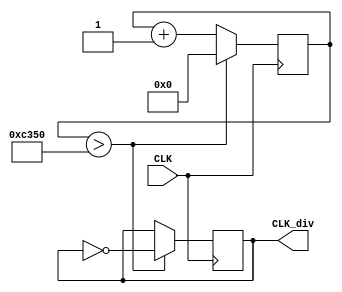
module divfreq(input CLK, output reg CLK_div);
	reg [24:0] Count;
	always @(posedge CLK)
	begin
		if(Count > 50000)
		begin
			Count <= 24'b0;
			CLK_div <= ~CLK_div;
		end
		else
			Count <= Count + 1'b1;
	end
endmodule

module divmove(input stop, input CLK, output reg CLK_div);
	reg [24:0] Count;
	always @(posedge CLK)
	begin
		if(Count > 3000000)
		begin
			Count <= 24'b0;
			CLK_div <= ~CLK_div;
		end
		else
		begin
		   if(stop)
				Count <= Count;
			else
				Count <= Count + 1'b1;
	   end
	end
endmodule

module breakout(
	input CLK,	//
	input Left, //keep &
	input Right, //keep & 
	input shoot,
	input stop,
	input [3:0]back, //()
	output [7:0]lightRed,
	output [7:0]lightGreen,
	output [7:0]lightBlue,
	output reg [2:0] Col, //
	output EN,
	output reg[7:0]win, //
	output reg beep, //
	input musicchange
);

reg [7:0] state [7:0];	// &
reg [7:0] stateR[7:0];	//r 
reg [7:0] stateG [7:0];	//g
reg [7:0] stateB [7:0]; //b
integer i, center, alreadyShoot, ball_x, ball_y, direction, forward, mode, round, point;
reg [22:0] j;
reg clk;
reg [16:0] count,div_num;
reg [7:0] music;


always @(posedge CLK)	//4hz
begin
	if(j==23'h47868c)
		begin
			j<=0;
			clk=~clk;
		end
		else
			j=j+1'b1;
end
always @(posedge clk)
	begin
	if(musicchange==0)
		begin
			if(music==8'd183)	//183
				music<=0;
			else
				music<=music+1'b1;
		end
	else
		begin
			if(music==8'd208)	//208
				music<=0;
			else
				music<=music+1'b1;
		end
		
	end
always @(posedge CLK)
	begin
		if(count==div_num)
			begin
				count<=0;
				beep=~beep;
			end
		else if(div_num==0)
			beep=~beep;
		else
			count<=count+1'b1;
	end

parameter 
	L1=17'h1754e,
	L2=17'h14c81,
	L3=17'h1284a,
	L4=17'h117A8,
	L5=17'h14e70,
	L6=17'h0ddf2,
	L7=17'h0c5ba,
	M1=17'h0ba9e,	//DO
	M2=17'h0a648,	//RE
	M3=17'h0941f,	//ME
	M4=17'h08bcf,	//FA
	M5=17'h07c90,	//SO
	M6=17'h06ef9,	//LA
	M7=17'h062dd,	//SI
	H1=17'h05d68,
	H2=17'h05322,
	H3=17'h04a11,
	H4=17'h045e9,
	H5=17'h3e48,
	H6=17'h377d,
	H7=17'h316f;

	

	always @(posedge clk)
	begin
	if(musicchange==1)
	begin
			case(music)	//
			8'd0 : div_num=M1;
			8'd1 : div_num=M1;
			8'd2 : div_num=M1;
			8'd3 : div_num=M1;
			8'd4 : div_num=M3;
			8'd5 : div_num=M3;
			8'd6 : div_num=M5;
			8'd7 : div_num=M5;
			8'd8 : div_num=M6;
			8'd9 : div_num=M6;
			8'd10 : div_num=M6;
			8'd11 : div_num=M6;
			8'd12 : div_num=17'h1;
			8'd13 : div_num=17'h1;
			8'd14 : div_num=M6;
			8'd15 : div_num=M6;
			8'd16 : div_num=M6;
			8'd17 : div_num=M6;
			8'd18 : div_num=M5;
			8'd19 : div_num=M5;
			8'd20 : div_num=M6;
			8'd21 : div_num=M6;
			8'd22 : div_num=M5;
			8'd23 : div_num=M5;
			8'd24 : div_num=M5;
			8'd25 : div_num=M5;
			8'd26 : div_num=M2;
			8'd27 : div_num=M2;
			8'd28 : div_num=M2;
			8'd29 : div_num=M2;
			8'd30 : div_num=M2;
			8'd31 : div_num=M2;
			8'd32 : div_num=M2;
			8'd33 : div_num=M2;
			8'd34 : div_num=M1;
			8'd35 : div_num=M1;
			8'd36 : div_num=M2;
			8'd37 : div_num=M2;
			8'd38 : div_num=M3;
			8'd39 : div_num=M3;
			8'd40 : div_num=M3;
			8'd41 : div_num=M3;
			8'd42 : div_num=0;
			8'd43 : div_num=0;
			8'd44 : div_num=M3;
			8'd45 : div_num=M3;
			8'd46 : div_num=M3;
			8'd47 : div_num=M3;
			8'd48 : div_num=M2;
			8'd49 : div_num=M2;
			8'd50 : div_num=M3;
			8'd51 : div_num=M3;
			8'd52 : div_num=M2;
			8'd53 : div_num=M2;
			8'd54 : div_num=M2;
			8'd55 : div_num=M2;
			8'd56 : div_num=M1;
			8'd57 : div_num=M1;
			8'd58 : div_num=M1;
			8'd59 : div_num=M1;
			8'd60 : div_num=M1;
			8'd61 : div_num=M1;
			8'd62 : div_num=M1;
			8'd63 : div_num=M1;
			8'd64 : div_num=M2;
			8'd65 : div_num=M2;
			8'd66 : div_num=M3;
			8'd67 : div_num=M3;
			8'd68 : div_num=M4;
			8'd69 : div_num=M4;
			8'd70 : div_num=M4;
			8'd71 : div_num=M4;
			8'd72 : div_num=0;
			8'd73 : div_num=0;
			8'd74 : div_num=M4;
			8'd75 : div_num=M4;
			8'd76 : div_num=M4;
			8'd77 : div_num=M4;
			8'd78 : div_num=M3;
			8'd79 : div_num=M3;
			8'd80 : div_num=M4;
			8'd81 : div_num=M4;
			8'd82 : div_num=M3;
			8'd83 : div_num=M3;
			8'd84 : div_num=M3;
			8'd85 : div_num=M3;
			8'd86 : div_num=M2;
			8'd87 : div_num=M2;
			8'd88 : div_num=M2;
			8'd89 : div_num=M2;
			8'd90 : div_num=M2;
			8'd91 : div_num=M2;
			8'd92 : div_num=M2;
			8'd93 : div_num=M2;
			8'd94 : div_num=M2;
			8'd95 : div_num=M2;
			8'd96 : div_num=M1;
			8'd97 : div_num=M1;
			8'd98 : div_num=M2;
			8'd99 : div_num=M2;
			8'd100: div_num=M1;
			8'd101: div_num=M1;
			8'd102: div_num=0;
			8'd103: div_num=0;
			8'd104: div_num=0;
			8'd105: div_num=0;
			8'd106: div_num=0;
			8'd107: div_num=0;
			8'd108: div_num=H3;
			8'd109: div_num=H3;
			8'd110: div_num=H3;
			8'd111: div_num=H3;
			8'd112: div_num=H3;
			8'd113: div_num=H3;
			8'd114: div_num=H3;
			8'd115: div_num=H3;
			8'd116: div_num=H2;
			8'd117: div_num=H2;
			8'd118: div_num=H2;
			8'd119: div_num=H2;
			8'd120: div_num=0;
			8'd121: div_num=0;
			8'd122: div_num=H3;
			8'd123: div_num=H3;
			8'd124: div_num=H4;
			8'd125: div_num=H4;
			8'd126: div_num=H5;
			8'd127: div_num=H5;
			8'd128: div_num=H5;
			8'd129: div_num=H5;
			8'd130: div_num=H2;
			8'd131: div_num=H2;
			8'd132: div_num=H2;
			8'd133: div_num=H2;
			8'd134: div_num=0;
			8'd135: div_num=0;
			8'd136: div_num=H2;
			8'd137: div_num=H2;
			8'd138: div_num=H2;
			8'd139: div_num=H2;
			8'd140: div_num=H2;
			8'd141: div_num=H2;
			8'd142: div_num=H2;
			8'd143: div_num=H2;
			8'd144: div_num=H1;
			8'd145: div_num=H1;
			8'd146: div_num=H3;
			8'd147: div_num=H3;
			8'd148: div_num=0;
			8'd149: div_num=0;
			8'd150: div_num=H3;
			8'd151: div_num=H3;
			8'd152: div_num=H5;
			8'd153: div_num=H5;
			8'd154: div_num=H6;
			8'd155: div_num=H6;
			8'd156: div_num=H6;
			8'd157: div_num=H6;
			8'd158: div_num=H3;
			8'd159: div_num=H3;
			8'd160: div_num=H3;
			8'd161: div_num=H3;
			8'd162: div_num=0;
			8'd163: div_num=0;
			8'd164: div_num=H3;
			8'd165: div_num=H3;
			8'd166: div_num=H3;
			8'd167: div_num=H3;
			8'd168: div_num=H3;
			8'd169: div_num=H3;
			8'd170: div_num=H3;
			8'd171: div_num=H3;
			8'd172: div_num=H2;
			8'd173: div_num=H2;
			8'd174: div_num=H2;
			8'd175: div_num=H2;
			8'd176: div_num=0;
			8'd177: div_num=0;
			8'd178: div_num=H3;
			8'd179: div_num=H3;
			8'd180: div_num=H4;
			8'd181: div_num=H4;
			8'd182: div_num=H5;
			8'd183: div_num=H5;
			8'd184: div_num=H5;
			8'd185: div_num=H5;
			8'd186: div_num=H2;
			8'd187: div_num=H2;
			8'd188: div_num=H2;
			8'd189: div_num=H2;
			8'd190: div_num=H2;
			8'd191: div_num=H2;
			8'd192: div_num=H2;
			8'd193: div_num=H2;
			8'd194: div_num=H2;
			8'd195: div_num=H2;
			8'd196: div_num=H2;
			8'd197: div_num=H2;
			8'd198: div_num=H1;
			8'd199: div_num=H1;
			8'd200: div_num=H3;
			8'd201: div_num=H3;
			8'd202: div_num=0;
			8'd203: div_num=0;
			8'd204: div_num=0;
			8'd205: div_num=0;
			8'd206: div_num=0;
			8'd207: div_num=0;
			endcase
			end
			
else
begin
		case(music)	//
			8'd0 : div_num=M6;	
			8'd1 : div_num=M6;
			8'd2 : div_num=M5;
			8'd3 : div_num=M5;
			8'd4 : div_num=M6;
			8'd5 : div_num=H1;
			8'd6 : div_num=H2;
			8'd7 : div_num=H3;
			8'd8 : div_num=M6;	
			8'd9 : div_num=M6;
			8'd10 : div_num=M5;
			8'd11 : div_num=M6;
			8'd12 : div_num=M5;
			8'd13 : div_num=M3;
			8'd14 : div_num=M5;
			8'd15 : div_num=M6;
			8'd16 : div_num=M6;	
			8'd17 : div_num=M5;
			8'd18 : div_num=M6;
			8'd19 : div_num=H1;
			8'd20 : div_num=H2;
			8'd21 : div_num=H3;
			8'd22 : div_num=H3;
			8'd23 : div_num=H2;
			8'd24 : div_num=H1;	
			8'd25 : div_num=M6;
			8'd26 : div_num=M6;
			8'd27 : div_num=M5;
			8'd28 : div_num=M6;	
			8'd29 : div_num=H1;
			8'd30 : div_num=H2;
			8'd31 : div_num=H3;
			8'd32 : div_num=M6;
			8'd33 : div_num=M6;
			8'd34 : div_num=M5;
			8'd35 : div_num=M6;
			8'd36 : div_num=M5;	
			8'd37 : div_num=M5;
			8'd38 : div_num=M3;
			8'd39 : div_num=M6;
			8'd40 : div_num=M6;
			8'd41 : div_num=M5;
			8'd42 : div_num=M5;
			8'd43 : div_num=M6;
			8'd44 : div_num=H1;	
			8'd45 : div_num=H2;
			8'd46 : div_num=H3;
			8'd47 : div_num=H2;
			8'd48 : div_num=H1;
			8'd49 : div_num=M6;
			8'd50 : div_num=H1;
			8'd51 : div_num=M7;
			8'd52 : div_num=M6;	
			8'd53 : div_num=M5;
			8'd54 : div_num=M5;
			8'd55 : div_num=M5;
			8'd56 : div_num=M6;	
			8'd57 : div_num=M3;
			8'd58 : div_num=M2;
			8'd59 : div_num=M3;
			8'd60 : div_num=M3;
			8'd61 : div_num=M5;
			8'd62 : div_num=M6;
			8'd63 : div_num=H2;
			8'd64 : div_num=M7;	
			8'd65 : div_num=H1;
			8'd66 : div_num=M7;
			8'd67 : div_num=M5;
			8'd68 : div_num=M6;
			8'd69 : div_num=H1;
			8'd70 : div_num=M7;
			8'd71 : div_num=M6;
			8'd72 : div_num=M5;	
			8'd73 : div_num=M5;
			8'd74 : div_num=M5;
			8'd75 : div_num=M6;
			8'd76 : div_num=M3;
			8'd77 : div_num=M2;
			8'd78 : div_num=M3;
			8'd79 : div_num=M3;
			8'd80 : div_num=M5;	
			8'd81 : div_num=M6;
			8'd82 : div_num=M6;
			8'd83 : div_num=M6;
			8'd84 : div_num=H1;	
			8'd85 : div_num=H2;
			8'd86 : div_num=M7;
			8'd87 : div_num=M6;
			8'd88 : div_num=H1;
			8'd89 : div_num=H2;
			8'd90 : div_num=H2;
			8'd91 : div_num=H3;
			8'd92 : div_num=H3;	
			8'd93 : div_num=H3;
			8'd94 : div_num=H5;
			8'd95 : div_num=H6;
			8'd96 : div_num=H2;
			8'd97 : div_num=H1;
			8'd98 : div_num=H3;
			8'd99 : div_num=M6;
			8'd100: div_num=H1;	
			8'd101: div_num=H2;
			8'd102: div_num=H2;
			8'd103: div_num=H3;
			8'd104: div_num=H3;
			8'd105: div_num=H3;
			8'd106: div_num=H3;
			8'd107: div_num=H4;
			8'd108: div_num=H3;	
			8'd109: div_num=H2;
			8'd110: div_num=H1;
			8'd111: div_num=H1;
			8'd112: div_num=M6;	
			8'd113: div_num=H1;
			8'd114: div_num=H2;
			8'd115: div_num=H2;
			8'd116: div_num=H3;
			8'd117: div_num=H3;
			8'd118: div_num=H3;
			8'd119: div_num=H5;
			8'd120: div_num=H6;	
			8'd121: div_num=H2;
			8'd122: div_num=H1;
			8'd123: div_num=H3;
			8'd124: div_num=M6;
			8'd125: div_num=H1;
			8'd126: div_num=H4;
			8'd127: div_num=H3;
			8'd128: div_num=H2;	
			8'd129: div_num=H1;
			8'd130: div_num=H1;
			8'd131: div_num=H2;
			8'd132: div_num=M7;
			8'd133: div_num=M5;
			8'd134: div_num=M6;
			8'd135: div_num=M6;
			8'd136: div_num=H1;	
			8'd137: div_num=H2;
			8'd138: div_num=H2;
			8'd139: div_num=H3;
			8'd140 : div_num=H3;	
			8'd141 : div_num=H3;
			8'd142 : div_num=H5;
			8'd143 : div_num=H6;
			8'd144 : div_num=H2;
			8'd145 : div_num=H1;
			8'd146 : div_num=H3;
			8'd147 : div_num=M6;
			8'd148 : div_num=H1;	
			8'd149 : div_num=H2;
			8'd150 : div_num=H2;
			8'd151 : div_num=H3;
			8'd152 : div_num=H3;
			8'd153 : div_num=H3;
			8'd154 : div_num=H3;
			8'd155 : div_num=H4;
			8'd156 : div_num=H3;	
			8'd157 : div_num=H2;
			8'd158 : div_num=H1;
			8'd159 : div_num=H1;
			8'd160 : div_num=M6;
			8'd161 : div_num=H1;
			8'd162 : div_num=H2;
			8'd163 : div_num=H2;
			8'd164 : div_num=H3;	
			8'd165 : div_num=H3;
			8'd166 : div_num=H3;
			8'd167 : div_num=H5;
			8'd168 : div_num=H6;	
			8'd169 : div_num=H2;
			8'd170 : div_num=H1;
			8'd171 : div_num=H3;
			8'd172 : div_num=M6;
			8'd173 : div_num=H1;
			8'd174 : div_num=H4;
			8'd175 : div_num=H3;
			8'd176 : div_num=H2;	
			8'd177 : div_num=H1;
			8'd178 : div_num=H2;
			8'd179 : div_num=H1;
			8'd180 : div_num=H3;
			8'd181 : div_num=H5;
			8'd182 : div_num=H6;

			endcase
	end
end


initial
begin
   round = 0;	//background
	center = 4;
	Col=0;	//
	alreadyShoot = 0;
	ball_x = 4;	//X
	ball_y = 6;	//y
	mode = 11;	//
	point = 0;	//
end

divfreq f0(CLK, CLK_div);
divmove f1(stop, CLK, CLK_move);

always @(posedge CLK_move)
begin
	case (back)	//x4
	    4'b0000: round=0;
		 4'b0001: round=1;
       4'b0010: round=2;
       4'b0100: round=3;
       4'b1000: round=4;
   endcase
	if(round==1)	//
	begin
		 win<=8'b00000000;
	  for (i=0;i<8;i=i+1)
	  begin
       state[i] = 8'b00001111;
		 stateR[i] = 8'b00000000;
		 stateG[i] = 8'b00001111;
		 stateB[i] = 8'b00001111;
		 
	    if (i>=0 & i<=2)
		 begin
		   state[i][7]=1;
			stateR[i][7]=0;
			stateG[i][7]=0;
			stateB[i][7]=1;
		 end
		 if (i==1)
		 begin
         state[i][6] = 1;
			stateR[i][6] = 1;
			stateG[i][6] = 1;
			stateB[i][6] = 1;
		 end
	  end
	end
	
	if(round==2)	//
	begin
	  win<=8'b00000000;
	  state[0] = 8'b00001011;
	  state[1] = 8'b00001101;
	  state[2] = 8'b00001011;
	  state[3] = 8'b00001101;
  	  state[4] = 8'b00001011;
	  state[5] = 8'b00001101;
	  state[6] = 8'b00001011;
	  state[7] = 8'b00001101;
	  
	  stateR[0] = 8'b00000000;
	  stateR[1] = 8'b00000000;
	  stateR[2] = 8'b00000000;
	  stateR[3] = 8'b00000000;
	  stateR[4] = 8'b00000000;
	  stateR[5] = 8'b00000000;
	  stateR[6] = 8'b00000000;
	  stateR[7] = 8'b00000000;
	  
	  stateG[0] = 8'b00001011;
	  stateG[1] = 8'b00001101;
	  stateG[2] = 8'b00001011;
	  stateG[3] = 8'b00001101;
  	  stateG[4] = 8'b00001011;
	  stateG[5] = 8'b00001101;
	  stateG[6] = 8'b00001011;
	  stateG[7] = 8'b00001101;
	  
	  stateB[0] = 8'b00001011;
	  stateB[1] = 8'b00001101;
	  stateB[2] = 8'b00001011;
	  stateB[3] = 8'b00001101;
  	  stateB[4] = 8'b00001011;
	  stateB[5] = 8'b00001101;
	  stateB[6] = 8'b00001011;
	  stateB[7] = 8'b00001101;
		 
	  for (i=0;i<8;i=i+1)
	  begin
	    if (i>=0 & i<=2)
		 begin
		   state[i][7]=1;
			stateR[i][7]=0;
			stateG[i][7]=0;
			stateB[i][7]=1;
		 end
		 if (i==1)
		 begin
         state[i][6] = 1;
			stateR[i][6] = 1;
			stateG[i][6] = 1;
			stateB[i][6] = 1;
		 end
	  end
	end
	
	if(round==3) //
	begin
	  win<=8'b00000000;
	  state[0] = 8'b00000000;
	  state[1] = 8'b00000100;
	  state[2] = 8'b00010010;
	  state[3] = 8'b00010100;
	  state[4] = 8'b00010000;
	  state[5] = 8'b00010100;
	  state[6] = 8'b00010010;
	  state[7] = 8'b00000100;
	  
	  stateR[0] = 8'b00000000;
	  stateR[1] = 8'b00000000;
	  stateR[2] = 8'b00000000;
	  stateR[3] = 8'b00000000;
	  stateR[4] = 8'b00000000;
	  stateR[5] = 8'b00000000;
	  stateR[6] = 8'b00000000;
	  stateR[7] = 8'b00000000;
	  
	  stateG[0] = 8'b00000000;
	  stateG[1] = 8'b00000100;
	  stateG[2] = 8'b00010010;
	  stateG[3] = 8'b00010100;
	  stateG[4] = 8'b00010000;
	  stateG[5] = 8'b00010100;
	  stateG[6] = 8'b00010010;
	  stateG[7] = 8'b00000100;
	  
	  stateB[0] = 8'b00000000;
	  stateB[1] = 8'b00000100;
	  stateB[2] = 8'b00010010;
	  stateB[3] = 8'b00010100;
	  stateB[4] = 8'b00010000;
	  stateB[5] = 8'b00010100;
	  stateB[6] = 8'b00010010;
	  stateB[7] = 8'b00000100;

	  for (i=0;i<8;i=i+1)
	  begin
	    if (i>=0 & i<=2)
		 begin
		   state[i][7]=1;
			stateR[i][7]=0;
			stateG[i][7]=0;
			stateB[i][7]=1;
		 end
		 if (i==1)
		 begin
         state[i][6] = 1;
			stateR[i][6] = 1;
			stateG[i][6] = 1;
			stateB[i][6] = 1;
		 end
	  end
	end
	
	if(round==4)	//
	begin
	  win<=8'b00000000;
	  state[0] = 8'b00000011;
	  state[1] = 8'b00000011;
	  state[2] = 8'b00000100;
	  state[3] = 8'b00001110;
  	  state[4] = 8'b00001110;
	  state[5] = 8'b00000100;
	  state[6] = 8'b00000011;
	  state[7] = 8'b00000011;
	  
	  stateR[0] = 8'b00000000;
	  stateR[1] = 8'b00000000;
	  stateR[2] = 8'b00000000;
	  stateR[3] = 8'b00000000;
	  stateR[4] = 8'b00000000;
	  stateR[5] = 8'b00000000;
	  stateR[6] = 8'b00000000;
	  stateR[7] = 8'b00000000;
	  
	  stateG[0] = 8'b00000011;
	  stateG[1] = 8'b00000011;
	  stateG[2] = 8'b00000100;
	  stateG[3] = 8'b00001110;
  	  stateG[4] = 8'b00001110;
	  stateG[5] = 8'b00000100;
	  stateG[6] = 8'b00000011;
	  stateG[7] = 8'b00000011;
	  
	  stateB[0] = 8'b00000011;
	  stateB[1] = 8'b00000011;
	  stateB[2] = 8'b00000100;
	  stateB[3] = 8'b00001110;
  	  stateB[4] = 8'b00001110;
	  stateB[5] = 8'b00000100;
	  stateB[6] = 8'b00000011;
	  stateB[7] = 8'b00000011;
	  
	  for (i=0;i<8;i=i+1)
	  begin
	    if (i>=0 & i<=2)
		 begin
		   state[i][7]=1;
			stateR[i][7]=0;
			stateG[i][7]=0;
			stateB[i][7]=1;
		 end
		 if (i==1)
		 begin
         state[i][6] = 1;
			stateR[i][6] = 1;
			stateG[i][6] = 1;
			stateB[i][6] = 1;
		 end
	  end
	end
	
	if(round==0)	//0000
	begin
	if(point>0)	//
	begin
	   if(point==0)   win<=8'b00000000;	//
		else if(point==1)   win<=8'b00000001;
		else if(point==2)   win<=8'b00000011;
		else if(point==3)   win<=8'b00000111;
		else if(point==4)   win<=8'b00001111;
	   else if(point==5)   win<=8'b00011111;
	   else if(point==6)   win<=8'b00111111;
	   else if(point==7)   win<=8'b01111111;
	   else if(point==8)   
		begin //
		   win<=8'b11111111;	//
			state[0] = 8'b00001110;
			state[1] = 8'b00011111;
			state[2] = 8'b00111111;
			state[3] = 8'b01111110;
			state[4] = 8'b01111110;
			state[5] = 8'b00111111;
			state[6] = 8'b00011111;
			state[7] = 8'b00001110;
			
			stateR[0] = 8'b00001110;
			stateR[1] = 8'b00011111;
			stateR[2] = 8'b00111111;
			stateR[3] = 8'b01111110;
			stateR[4] = 8'b01111110;
			stateR[5] = 8'b00111111;
			stateR[6] = 8'b00011111;
			stateR[7] = 8'b00001110;
			
			stateG[0] = 8'b00000000;
			stateG[1] = 8'b00000000;
			stateG[2] = 8'b00000000;
			stateG[3] = 8'b00000000;
			stateG[4] = 8'b00000000;
			stateG[5] = 8'b00000000;
			stateG[6] = 8'b00000000;
			stateG[7] = 8'b00000000;

			stateB[0] = 8'b00000000;
			stateB[1] = 8'b00000000;
			stateB[2] = 8'b00000000;
			stateB[3] = 8'b00000000;
			stateB[4] = 8'b00000000;
			stateB[5] = 8'b00000000;
			stateB[6] = 8'b00000000;
			stateB[7] = 8'b00000000;
			
			round=0;
			center = 1;
			alreadyShoot = 0;
			ball_x = 1;
			ball_y = 6;
			mode = 11;
			point=0;
		end
	end
	
	if (Left)	//
	begin
		if (center-2 >= 0)	//
		begin
			center = center - 1;
			if (alreadyShoot==0)
			begin
				state[center][6]=1;
				stateR[center][6]=0;
				stateG[center][6]=0;
				stateB[center][6]=1;
				state[center+1][6]=0;
				stateR[center+1][6]=0;
				stateG[center+1][6]=0;
				stateB[center+1][6]=0;
				ball_x = ball_x - 1;
			end		
			state[center-1][7]=1;
			stateR[center-1][7]=0;
			stateG[center-1][7]=0;
			stateB[center-1][7]=1;
			state[center+2][7]=0;
			stateR[center+2][7]=0;
			stateG[center+2][7]=0;
			stateB[center+2][7]=0;
		end
	end
	
	if (Right)	//
	begin
		if (center+2 <= 7)	//
		begin
			center = center + 1;
			if (alreadyShoot==0)
			begin
				state[center][6]=1;
				stateR[center][6]=0;
				stateG[center][6]=0;
				stateB[center][6]=1;
				state[center-1][6]=0;
				stateR[center-1][6]=0;
				stateG[center-1][6]=0;
				stateB[center-1][6]=0;
				ball_x = ball_x + 1;
			end
			state[center+1][7]=1;
			stateR[center+1][7]=0;
			stateG[center+1][7]=0;
			stateB[center+1][7]=1;
			state[center-2][7]=0;
			stateR[center-2][7]=0;
			stateG[center-2][7]=0;
			stateB[center-2][7]=0;
		end
	end
		
	if (shoot)	//
	begin
		state[ball_x][ball_y] = 0;
		stateR[ball_x][ball_y] = 0;
		stateG[ball_x][ball_y] = 0;
		stateB[ball_x][ball_y] = 0;
		alreadyShoot = 1;
		mode = 11;
	end	
		
	if (alreadyShoot)	//alreadyshoot=1
	begin
		case(mode)	//:     
		11:     //
		begin
			state[ball_x][ball_y] = 0;
			stateR[ball_x][ball_y] = 0;
			stateG[ball_x][ball_y] = 0;
			stateB[ball_x][ball_y] = 0;
			ball_y = ball_y - 1;
			if (state[ball_x][ball_y]==1&&ball_y>=0)	//
			begin
			   point=point+1;
				ball_y = ball_y + 2;
				state[ball_x][ball_y] = 1;	
				stateR[ball_x][ball_y] = 1;	
				stateG[ball_x][ball_y] = 1;	
				stateB[ball_x][ball_y] = 1;	
				mode = 21;	//->
				if (state[ball_x][ball_y-2]==1)
				begin
					state[ball_x][ball_y-2] = 0;
					stateR[ball_x][ball_y-2] = 0;
					stateG[ball_x][ball_y-2] = 0;
					stateB[ball_x][ball_y-2] = 0;
				end
			end
			else if(ball_y<0)	//
			begin
			   ball_y = ball_y + 2;
				state[ball_x][ball_y] = 1;	
				stateR[ball_x][ball_y] = 1;	
				stateG[ball_x][ball_y] = 1;	
				stateB[ball_x][ball_y] = 1;	
				mode = 21;	//->
				if (state[ball_x][ball_y-2]==1)
				begin
					state[ball_x][ball_y-2] = 0;
					stateR[ball_x][ball_y-2] = 0;
					stateG[ball_x][ball_y-2] = 0;
					stateB[ball_x][ball_y-2] = 0;
				end
			end
			else
			begin
				state[ball_x][ball_y] = 1;
				stateR[ball_x][ball_y] = 1;
				stateG[ball_x][ball_y] = 1;
				stateB[ball_x][ball_y] = 1;
			end
		end
		12:     //
		begin
			state[ball_x][ball_y] = 0;
			stateR[ball_x][ball_y] = 0;
			stateG[ball_x][ball_y] = 0;
			stateB[ball_x][ball_y] = 0;
			if (ball_x==0||ball_y==0)	//
			begin
			   if(ball_x==0&&ball_y==0)	//
				begin
				   ball_x=ball_x+1;
					ball_y=ball_y+1;
					state[ball_x][ball_y]=1;
					stateR[ball_x][ball_y]=1;
					stateG[ball_x][ball_y]=1;
					stateB[ball_x][ball_y]=1;
					mode= 23;	//->
				end
				else if(ball_x==0)	//
				begin
					if(state[ball_x+1][ball_y-1]==1)	//
					begin
						state[ball_x+1][ball_y-1]=0;
						stateR[ball_x+1][ball_y-1]=0;
						stateG[ball_x+1][ball_y-1]=0;
						stateB[ball_x+1][ball_y-1]=0;
						point=point+1;
						state[ball_x][ball_y]=1;
						stateR[ball_x][ball_y]=1;
						stateG[ball_x][ball_y]=1;
						stateB[ball_x][ball_y]=1;
						mode=23;	//->
					end
				   else
					begin
						ball_x=ball_x+1;
						ball_y=ball_y-1;
						state[ball_x][ball_y]=1;
						stateR[ball_x][ball_y]=1;
						stateG[ball_x][ball_y]=1;
						stateB[ball_x][ball_y]=1;
						mode=13;	//->
					end
				end
				else
				begin
					ball_x=ball_x-1;
					ball_y=ball_y+1;
					state[ball_x][ball_y]=1;
					stateR[ball_x][ball_y]=1;
					stateG[ball_x][ball_y]=1;
					stateB[ball_x][ball_y]=1;
					mode=22;	//->
				end			
			end
			else
			begin
				if(state[ball_x-1][ball_y-1]==1)	//
				begin
				   state[ball_x-1][ball_y-1]=0;
					stateR[ball_x-1][ball_y-1]=0;
					stateG[ball_x-1][ball_y-1]=0;
					stateB[ball_x-1][ball_y-1]=0;
					point=point+1;
					mode=23;	//->
				end
				else
				begin
				   ball_x=ball_x-1;
					ball_y=ball_y-1;
					state[ball_x][ball_y]=1;
					stateR[ball_x][ball_y]=1;
					stateG[ball_x][ball_y]=1;
					stateB[ball_x][ball_y]=1;
					mode=12;	//->
				end
			end
		end
		13:     //
		begin
			state[ball_x][ball_y] = 0;
			stateR[ball_x][ball_y] = 0;
			stateG[ball_x][ball_y] = 0;
			stateB[ball_x][ball_y] = 0;
			if (ball_x==7||ball_y==0)	//
			begin
			   if(ball_x==7&&ball_y==0)	//
				begin
				   ball_x=ball_x-1;
					ball_y=ball_y+1;
					state[ball_x][ball_y]=1;
					stateR[ball_x][ball_y]=1;
					stateG[ball_x][ball_y]=1;
					stateB[ball_x][ball_y]=1;
					mode= 22;	//->
				end
				else if(ball_x==7)	//
				begin
					if(state[ball_x-1][ball_y-1]==1)	//
					begin
						state[ball_x-1][ball_y-1]=0;
						stateR[ball_x-1][ball_y-1]=0;
						stateG[ball_x-1][ball_y-1]=0;
						stateB[ball_x-1][ball_y-1]=0;
						point=point+1;
						state[ball_x][ball_y]=1;
						stateR[ball_x][ball_y]=1;
						stateG[ball_x][ball_y]=1;
						stateB[ball_x][ball_y]=1;
						mode=22;	//->
					end
				   else
					begin
						ball_x=ball_x-1;
						ball_y=ball_y-1;
						state[ball_x][ball_y]=1;
						stateR[ball_x][ball_y]=1;
						stateG[ball_x][ball_y]=1;
						stateB[ball_x][ball_y]=1;
						mode=12;	//->
					end
				end
				else	//
				begin
					ball_x=ball_x+1;
					ball_y=ball_y+1;
					stateR[ball_x][ball_y]=1;
					stateG[ball_x][ball_y]=1;
					stateB[ball_x][ball_y]=1;
					state[ball_x][ball_y]=1;
					mode=23;	//->
				end			
			end
			else	//
			begin
				if(state[ball_x+1][ball_y-1]==1)	//
				begin
					state[ball_x+1][ball_y-1]=0;
					stateR[ball_x+1][ball_y-1]=0;
					stateG[ball_x+1][ball_y-1]=0;
					stateB[ball_x+1][ball_y-1]=0;
					point=point+1;
					mode=22;	//->
				end
				else	//
				begin
				   ball_x=ball_x+1;
					ball_y=ball_y-1;
					state[ball_x][ball_y]=1;
					stateR[ball_x][ball_y]=1;
					stateG[ball_x][ball_y]=1;
					stateB[ball_x][ball_y]=1;
					mode=13;	//->
				end
			end
		end
		21:	//
		begin
			state[ball_x][ball_y] = 0;
			stateR[ball_x][ball_y] = 0;
			stateG[ball_x][ball_y] = 0;
			stateB[ball_x][ball_y] = 0;
			if (ball_y==6 && ball_x >= center-1 && ball_x <= center+1)    //
			begin
				ball_y = ball_y - 1;
				if (ball_x == center)	//
				begin
					mode = 11;	//->
					state[ball_x][ball_y] = 1;
					stateR[ball_x][ball_y] = 1;
					stateG[ball_x][ball_y] = 1;
					stateB[ball_x][ball_y] = 1;
				end
				else //                         
				begin
					if (ball_x == center-1)  //
					begin
						mode = 12;	//->
						if (ball_x-1 < 0)	//
						begin
							ball_x = ball_x + 1;
							state[ball_x][ball_y] = 1;
							stateR[ball_x][ball_y] = 1;
							stateG[ball_x][ball_y] = 1;
							stateB[ball_x][ball_y] = 1;
							mode = 13;	//->
						end
						else	//
						begin
							ball_x = ball_x - 1;
							state[ball_x][ball_y] = 1;
							stateR[ball_x][ball_y] = 1;
							stateG[ball_x][ball_y] = 1;
							stateB[ball_x][ball_y] = 1;
						end
					end
					else	//
					begin
						mode = 13;	//->
						if (ball_x + 1 > 7)//
						begin
							ball_x = ball_x - 1;
							mode = 12;	//->
							state[ball_x][ball_y] = 1;
							stateR[ball_x][ball_y] = 1;
						   stateG[ball_x][ball_y] = 1;
							stateB[ball_x][ball_y] = 1;
						end
						else	//
						begin
							ball_x = ball_x + 1;
							state[ball_x][ball_y] = 1;
							stateR[ball_x][ball_y] = 1;
							stateG[ball_x][ball_y] = 1;
							stateB[ball_x][ball_y] = 1;
						end
					end
				end
			end
			else	//
			begin
				if (ball_y==7)	//X
				begin
					state[0] = 8'b10000001;
					state[1] = 8'b01000010;
					state[2] = 8'b00100100;
					state[3] = 8'b00011000;
					state[4] = 8'b00011000;
					state[5] = 8'b00100100;
					state[6] = 8'b01000010;
					state[7] = 8'b10000001;
			
					stateR[0] = 8'b10000001;
					stateR[1] = 8'b01000010;
					stateR[2] = 8'b00100100;
					stateR[3] = 8'b00011000;
					stateR[4] = 8'b00011000;
					stateR[5] = 8'b00100100;
					stateR[6] = 8'b01000010;
					stateR[7] = 8'b10000001;
					
					stateG[0] = 8'b00000000;
					stateG[1] = 8'b00000000;
					stateG[2] = 8'b00000000;
					stateG[3] = 8'b00000000;
					stateG[4] = 8'b00000000;
					stateG[5] = 8'b00000000;
					stateG[6] = 8'b00000000;
					stateG[7] = 8'b00000000;
					
					stateB[0] = 8'b00000000;
					stateB[1] = 8'b00000000;
					stateB[2] = 8'b00000000;
					stateB[3] = 8'b00000000;
					stateB[4] = 8'b00000000;
					stateB[5] = 8'b00000000;
					stateB[6] = 8'b00000000;
					stateB[7] = 8'b00000000;
					
					win<=8'b00000000;	//
					round=0;
					center = 1;
					alreadyShoot = 0;
					ball_x = 1;
					ball_y = 6;
					mode = 11;
					point=0;
				end
				else	//
				begin
					if(state[ball_x][ball_y+1] == 1)
					begin
						state[ball_x][ball_y+1] = 0;
						stateR[ball_x][ball_y+1] = 0;
						stateG[ball_x][ball_y+1] = 0;
						stateB[ball_x][ball_y+1] = 0;
						point=point+1;
						ball_y = ball_y - 1;
						state[ball_x][ball_y] = 1;
						stateR[ball_x][ball_y] = 1;
						stateG[ball_x][ball_y] = 1;
						stateB[ball_x][ball_y] = 1;
						mode=11;	//->
					end
					else
					begin
						ball_y = ball_y + 1;
						state[ball_x][ball_y] = 1;
						stateR[ball_x][ball_y] = 1;
						stateG[ball_x][ball_y] = 1;
						stateB[ball_x][ball_y] = 1;
					end
				end
			end
		end
		22:      //
		begin
		   state[ball_x][ball_y] = 0;
			stateR[ball_x][ball_y] = 0;
			stateG[ball_x][ball_y] = 0;
			stateB[ball_x][ball_y] = 0;
			if(ball_y==7)	//x
			begin
			   state[0] = 8'b10000001;
				state[1] = 8'b01000010;
				state[2] = 8'b00100100;
				state[3] = 8'b00011000;
				state[4] = 8'b00011000;
				state[5] = 8'b00100100;
				state[6] = 8'b01000010;
				state[7] = 8'b10000001;
			
			   stateR[0] = 8'b10000001;
				stateR[1] = 8'b01000010;
				stateR[2] = 8'b00100100;
				stateR[3] = 8'b00011000;
				stateR[4] = 8'b00011000;
				stateR[5] = 8'b00100100;
				stateR[6] = 8'b01000010;
				stateR[7] = 8'b10000001;
					
				stateG[0] = 8'b00000000;
				stateG[1] = 8'b00000000;
				stateG[2] = 8'b00000000;
				stateG[3] = 8'b00000000;
				stateG[4] = 8'b00000000;
				stateG[5] = 8'b00000000;
				stateG[6] = 8'b00000000;
				stateG[7] = 8'b00000000;
					
				stateB[0] = 8'b00000000;
				stateB[1] = 8'b00000000;
				stateB[2] = 8'b00000000;
				stateB[3] = 8'b00000000;
				stateB[4] = 8'b00000000;
				stateB[5] = 8'b00000000;
				stateB[6] = 8'b00000000;
				stateB[7] = 8'b00000000;
				win<=8'b00000000;	//
				round=0;
				center = 1;
				alreadyShoot = 0;
				ball_x = 1;
				ball_y = 6;
				mode = 11;
				point=0;
			end
			else
			begin
			   if(ball_y==6)
				begin
					if((ball_x==center||ball_x==center+1||ball_x==center-1))	//
					begin
						if(ball_x==center)
						begin
							ball_y=ball_y-1;
							state[ball_x][ball_y]=1;
							stateR[ball_x][ball_y]=1;
							stateG[ball_x][ball_y]=1;
							stateB[ball_x][ball_y]=1;
							mode=11;	//->
						end
						else if(ball_x==center-1)	//
						begin
							ball_x=ball_x-1;
							ball_y=ball_y-1;
							state[ball_x][ball_y]=1;
							stateR[ball_x][ball_y]=1;
							stateG[ball_x][ball_y]=1;
							stateB[ball_x][ball_y]=1;
							mode=12;	//->
						end
						else	//
						begin
							ball_x=ball_x+1;
							ball_y=ball_y-1;
							state[ball_x][ball_y]=1;
							stateR[ball_x][ball_y]=1;
							stateG[ball_x][ball_y]=1;
							stateB[ball_x][ball_y]=1;
							mode=13;	//->
						end
					end
					else
					begin//y+1
						ball_x=ball_x-1;
						ball_y=ball_y+1;				
					end
				end
				else if(ball_x==0)	//
				begin
				   if(state[ball_x+1][ball_y+1]==1)	//
					begin
					   state[ball_x+1][ball_y+1]=0;
						stateR[ball_x+1][ball_y+1]=0;
						stateG[ball_x+1][ball_y+1]=0;
						stateB[ball_x+1][ball_y+1]=0;
						point=point+1;
						state[ball_x][ball_y]=1;
						stateR[ball_x][ball_y]=1;
						stateG[ball_x][ball_y]=1;
						stateB[ball_x][ball_y]=1;
						mode=13;	//->
					end
					else
					begin
						ball_x=ball_x+1;
						ball_y=ball_y+1;
						state[ball_x][ball_y]=1;
						stateR[ball_x][ball_y]=1;
						stateG[ball_x][ball_y]=1;
						stateB[ball_x][ball_y]=1;
						mode=23;	//->
					end
				end
				else if(state[ball_x-1][ball_y+1]==1)	//
				begin
				   state[ball_x-1][ball_y+1]=0;
					stateR[ball_x-1][ball_y+1]=0;
					stateG[ball_x-1][ball_y+1]=0;
					stateB[ball_x-1][ball_y+1]=0;
					point=point+1;
					ball_x=ball_x+1;
					ball_y=ball_y-1;
				   state[ball_x][ball_y]=1;
					stateR[ball_x][ball_y]=1;
					stateG[ball_x][ball_y]=1;
					stateB[ball_x][ball_y]=1;
					mode=13;	//->
				end
				else	//
				begin
				   ball_x=ball_x-1;
					ball_y=ball_y+1;
				   state[ball_x][ball_y]=1;
					stateR[ball_x][ball_y]=1;
					stateG[ball_x][ball_y]=1;
					stateB[ball_x][ball_y]=1;
					mode=22;	//->
				end
			end
		end
		23:      //
		begin
		   state[ball_x][ball_y] = 0;
			stateR[ball_x][ball_y] = 0;
			stateG[ball_x][ball_y] = 0;
			stateB[ball_x][ball_y] = 0;
			if(ball_y==7)	//x
			begin
			   state[0] = 8'b10000001;
				state[1] = 8'b01000010;
				state[2] = 8'b00100100;
				state[3] = 8'b00011000;
				state[4] = 8'b00011000;
				state[5] = 8'b00100100;
				state[6] = 8'b01000010;
				state[7] = 8'b10000001;
				
				
			   stateR[0] = 8'b10000001;
				stateR[1] = 8'b01000010;
				stateR[2] = 8'b00100100;
				stateR[3] = 8'b00011000;
				stateR[4] = 8'b00011000;
				stateR[5] = 8'b00100100;
				stateR[6] = 8'b01000010;
				stateR[7] = 8'b10000001;
					
				stateG[0] = 8'b00000000;
				stateG[1] = 8'b00000000;
				stateG[2] = 8'b00000000;
				stateG[3] = 8'b00000000;
				stateG[4] = 8'b00000000;
				stateG[5] = 8'b00000000;
				stateG[6] = 8'b00000000;
				stateG[7] = 8'b00000000;
					
				stateB[0] = 8'b00000000;
				stateB[1] = 8'b00000000;
				stateB[2] = 8'b00000000;
				stateB[3] = 8'b00000000;
				stateB[4] = 8'b00000000;
				stateB[5] = 8'b00000000;
				stateB[6] = 8'b00000000;
				stateB[7] = 8'b00000000;
				win<=8'b00000000;	//
				round=0;
				center = 1;
				alreadyShoot = 0;
				ball_x = 1;
				ball_y = 6;
				mode = 11;
				point=0;
			end
			else
			begin
			   if(ball_y==6)
				begin
					if((ball_x==center||ball_x==center+1||ball_x==center-1))	//
					begin
						if(ball_x==center)
						begin
							ball_y=ball_y-1;
							state[ball_x][ball_y]=1;
							stateR[ball_x][ball_y]=1;
							stateG[ball_x][ball_y]=1;
							stateB[ball_x][ball_y]=1;
							mode=11;	//->
						end
						else if(ball_x==center-1)	//
						begin
							ball_x=ball_x-1;
							ball_y=ball_y-1;
							state[ball_x][ball_y]=1;
							stateR[ball_x][ball_y]=1;
							stateG[ball_x][ball_y]=1;
							stateB[ball_x][ball_y]=1;
							mode=12;	//->
						end
						else	//
						begin
							ball_x=ball_x+1;
							ball_y=ball_y-1;
							state[ball_x][ball_y]=1;
							stateR[ball_x][ball_y]=1;
							stateG[ball_x][ball_y]=1;
							stateB[ball_x][ball_y]=1;
							mode=13;	//->
						end
					end
					else
					begin	//y+1
						ball_x=ball_x+1;
						ball_y=ball_y+1;
					end
				end
				else if(ball_x==7)	//
				begin
				   if(state[ball_x-1][ball_y+1]==1)	//
					begin
					   state[ball_x-1][ball_y+1]=0;
						stateR[ball_x-1][ball_y+1]=0;
						stateG[ball_x-1][ball_y+1]=0;
						stateB[ball_x-1][ball_y+1]=0;
						point=point+1;
						state[ball_x][ball_y]=1;
						stateR[ball_x][ball_y]=1;
						stateG[ball_x][ball_y]=1;
						stateB[ball_x][ball_y]=1;
						mode=12;	//->
					end
					else
					begin	//
						ball_x=ball_x-1;
						ball_y=ball_y+1;
						state[ball_x][ball_y]=1;
						stateR[ball_x][ball_y]=1;
						stateG[ball_x][ball_y]=1;
						stateB[ball_x][ball_y]=1;
						mode=22;	//->
					end
				end
				else if(state[ball_x+1][ball_y+1]==1)	//
				begin
				   state[ball_x+1][ball_y+1]=0;
					stateR[ball_x+1][ball_y+1]=0;
					stateG[ball_x+1][ball_y+1]=0;
					stateB[ball_x+1][ball_y+1]=0;
					point=point+1;
					ball_x=ball_x-1;
					ball_y=ball_y-1;
				   state[ball_x][ball_y]=1;
					stateR[ball_x][ball_y]=1;
					stateG[ball_x][ball_y]=1;
					stateB[ball_x][ball_y]=1;
					mode=12;	//->
				end
				else	//
				begin
				   ball_x=ball_x+1;
					ball_y=ball_y+1;
				   state[ball_x][ball_y]=1;
					stateR[ball_x][ball_y]=1;
					stateG[ball_x][ball_y]=1;
					stateB[ball_x][ball_y]=1;
					mode=23;	//->
				end
			end
		end	
		endcase	//6
   end	//begin alreadyShoot
  end
end

always @(posedge CLK_div)
begin
	Col = Col + 1;
end
assign EN=1;
assign lightRed = ~stateR[Col];
assign lightGreen = ~stateG[Col];
assign lightBlue = ~stateB[Col];

endmodule